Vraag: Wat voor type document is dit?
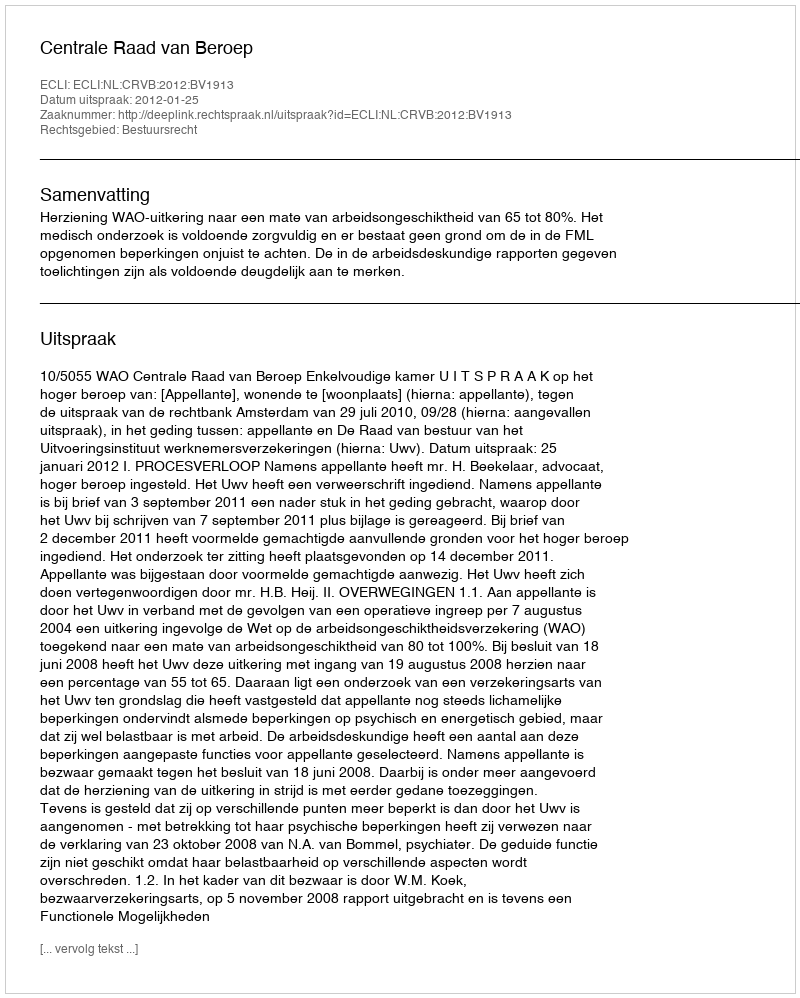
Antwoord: Uitspraak